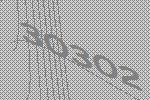
30302